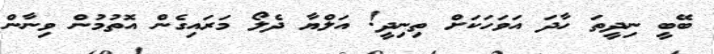
ބޭބީ ނިދީތަ ހާދަ އަވަހަކަށް ތިނިދީ! އަލްޔާ ދެލޯ މަރައިގެން އޮތުމުން ވިނާން